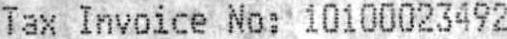
TAX INVOICE NO: 10100023492